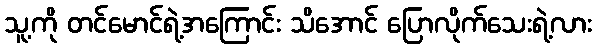
သူ့ကို တင်မောင်ရဲ့အကြောင်း သိအောင် ပြောလိုက်သေးရဲ့လား